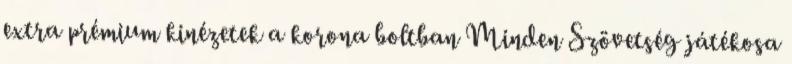
extra prémium kinézetek a korona boltban Minden Szövetség játékosa